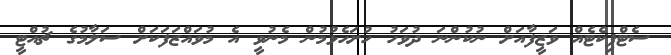
ސެޓްފިކެޓެއް ވަޒީފާއަށް ނުކުންނަ ދުވަހު ހުށަހެޅުމުން މެނުވީ އެ މުވައްޒަފަކަށް ސަލާމުގެ ޗުއްޓީ